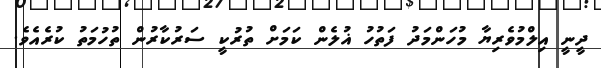
ދީނީ އިލްމުވެރިޔާ މުހަންމަދު ފަތުހު ޣުލެން ކަމަށް ތުރުކީ ސަރުކާރުން ތުހުމަތު ކުރެއެވެ.